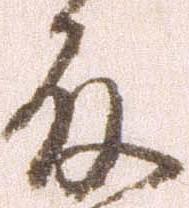
殿